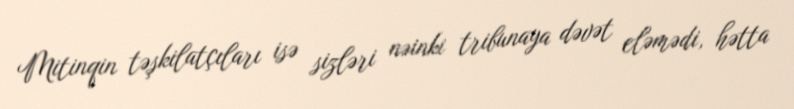
Mitinqin təşkilatçıları isə sizləri nəinki tribunaya dəvət eləmədi, hətta